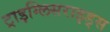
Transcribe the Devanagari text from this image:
ट्राइग्लिसराइड्स